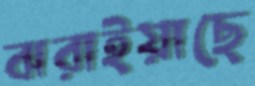
ঝরাইয়াছে